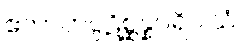
ဧကာဟပ္ပဋိစ္ဆန္နပရိဝါသံ